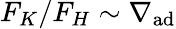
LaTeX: F_{K}/F_{H}\sim\nabla_{\mathrm{ad}}